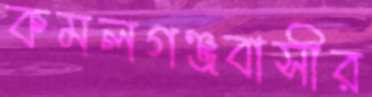
কমলগঞ্জবাসীর